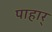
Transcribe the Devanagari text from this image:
पाहार्